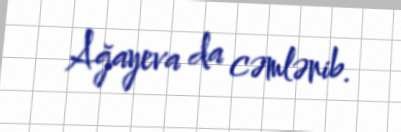
Ağayeva da cəmlənib.